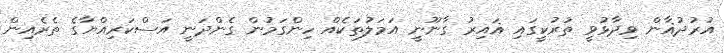
އުރުދުޣާން ވިދާޅުވީ ތުރުކީގައި ޣައިރު ގާނޫނީ އަމަލުތަކެއް ހިންގަމުން ގެންދަނީ އަސްކަރިއްޔާގެ ތެރެއިން